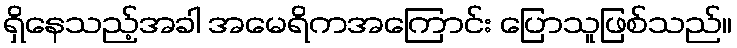
ရှိနေသည့်အခါ အမေရိကအကြောင်း ပြောသူဖြစ်သည်။